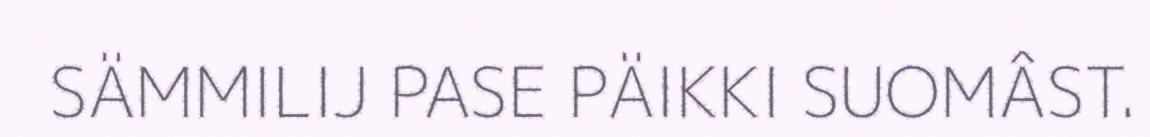
SÄMMILIJ PASE PÄIKKI SUOMÂST.